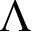
\Lambda